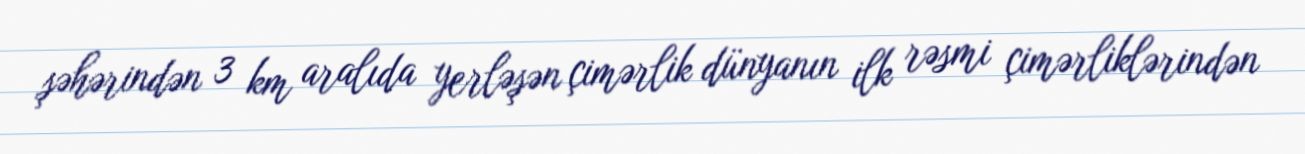
şəhərindən 3 km aralıda yerləşən çimərlik dünyanın ilk rəsmi çimərliklərindən